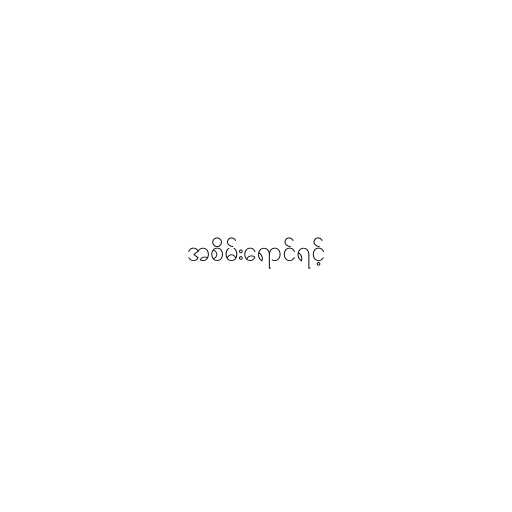
အစိမ်းရောင်ရင့်